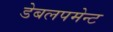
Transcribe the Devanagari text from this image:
डेबलपमेन्ट